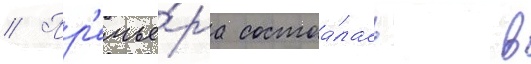
// Пр'емье́ра состоа́лась в